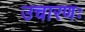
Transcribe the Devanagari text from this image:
उचारणः